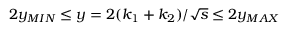
2 y _ { M I N } \leq y = 2 ( k _ { 1 } + k _ { 2 } ) / \sqrt { s } \leq 2 y _ { M A X }